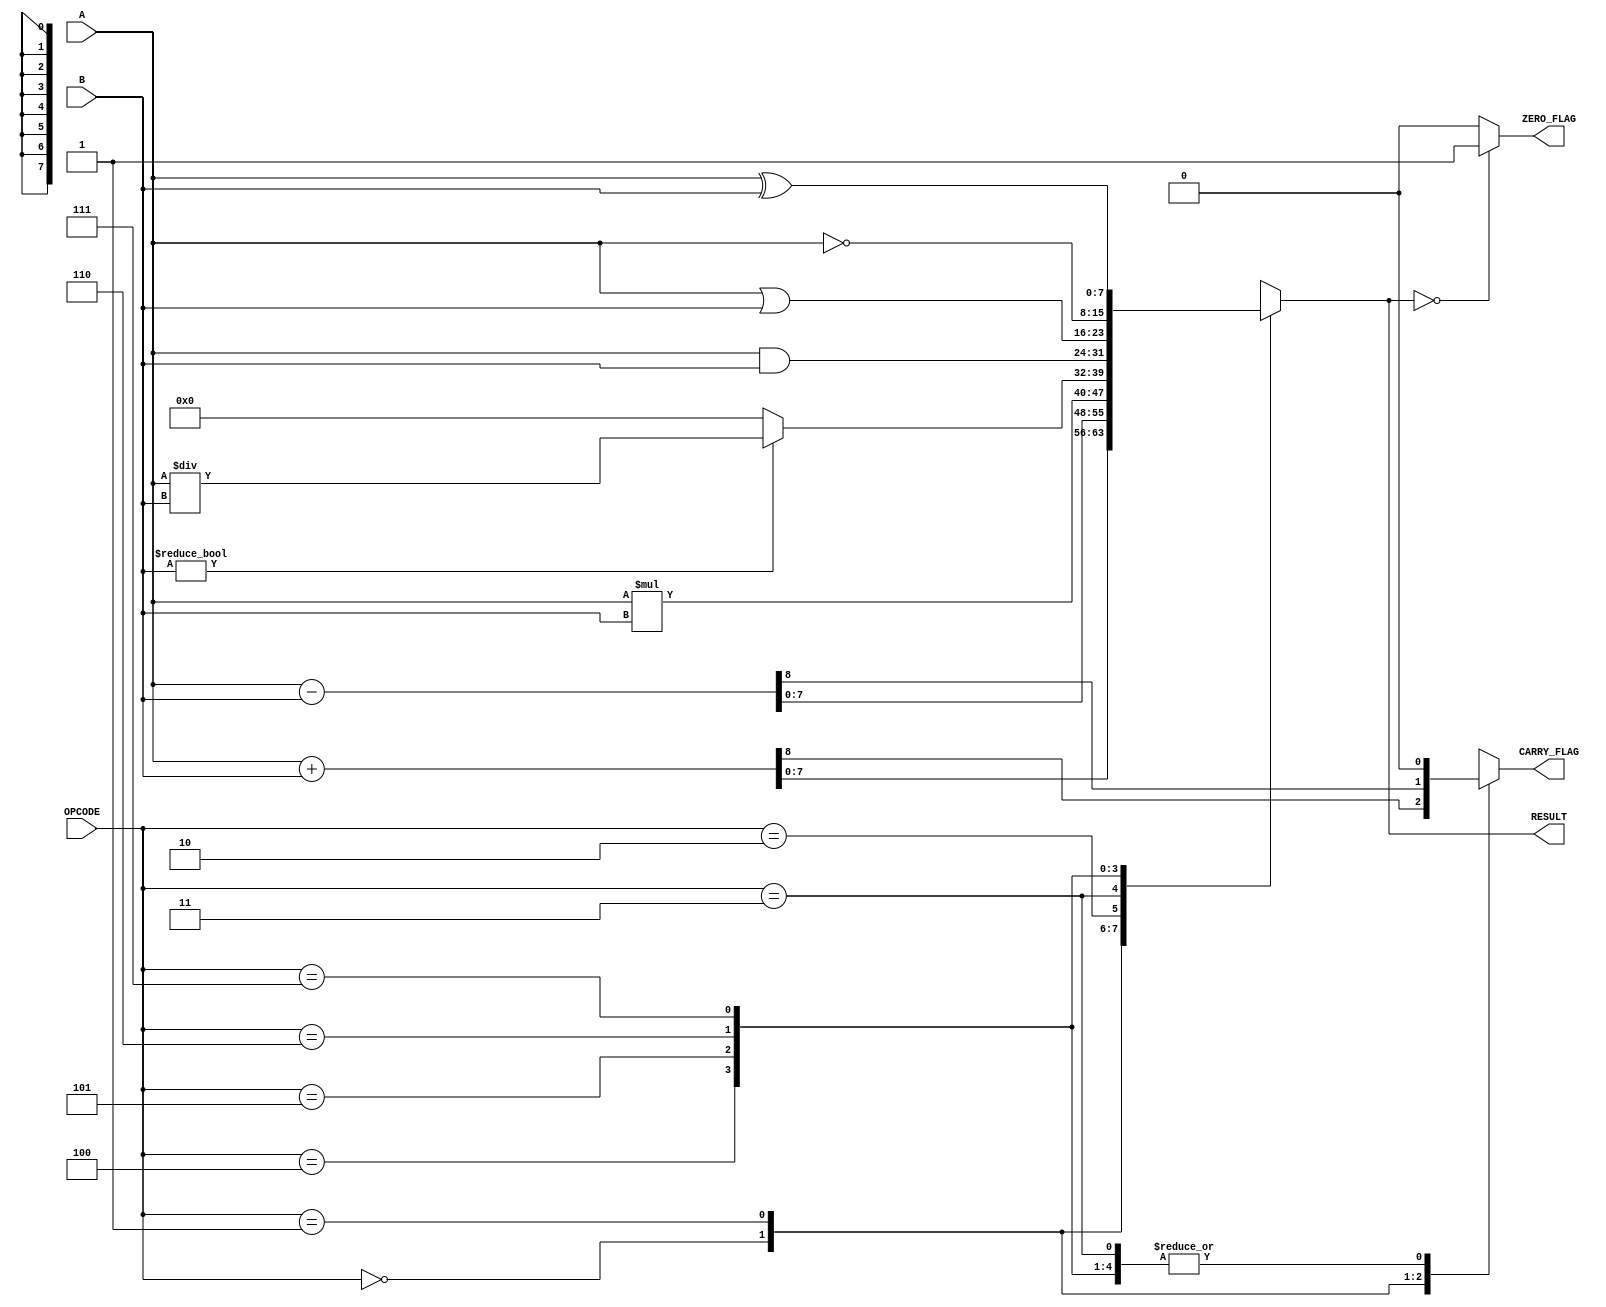
module parameterized_alu #(
    parameter DATA_WIDTH = 8,          // Bit-width of input and output data
    parameter OPERATION_COUNT = 8       // Number of operations supported
)(
    input  [DATA_WIDTH-1:0] A,         // First operand
    input  [DATA_WIDTH-1:0] B,         // Second operand
    input  [$clog2(OPERATION_COUNT)-1:0] OPCODE, // Operation code
    output reg [DATA_WIDTH-1:0] RESULT, // Result of the operation
    output reg ZERO_FLAG,               // Zero flag
    output reg CARRY_FLAG                // Carry flag
);

    always @(*) begin
        // Default values
        RESULT = 0;
        ZERO_FLAG = 0;
        CARRY_FLAG = 0;

        case (OPCODE)
            3'b000: begin // Addition
                {CARRY_FLAG, RESULT} = A + B;
            end
            3'b001: begin // Subtraction
                {CARRY_FLAG, RESULT} = A - B;
            end
            3'b010: begin // Multiplication
                RESULT = A * B;
                CARRY_FLAG = 0; // No carry for multiplication
            end
            3'b011: begin // Division
                if (B != 0) begin
                    RESULT = A / B;
                end else begin
                    RESULT = 0; // Handle division by zero
                end
                CARRY_FLAG = 0; // No carry for division
            end
            3'b100: begin // AND
                RESULT = A & B;
            end
            3'b101: begin // OR
                RESULT = A | B;
            end
            3'b110: begin // NOT
                RESULT = ~A; // NOT A
            end
            3'b111: begin // XOR
                RESULT = A ^ B;
            end
            default: begin
                RESULT = 0; // Default case
            end
        endcase

        // Update ZERO_FLAG
        if (RESULT == 0) begin
            ZERO_FLAG = 1;
        end else begin
            ZERO_FLAG = 0;
        end
    end

endmodule